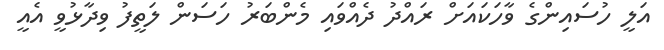
އަލީ ހުސައިންގެ ވާހަކައަށް ރައްދު ދެއްވައި މެންބަރު ހަސަން ލަތީފު ވިދާޅުވީ އެއީ